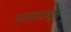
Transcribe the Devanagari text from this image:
मास्साकडुन